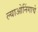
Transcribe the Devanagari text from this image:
ल्याओनिंगाचे